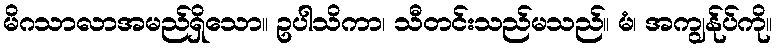
မိဂသာလာအမည်ရှိသော။ ဥပါသိကာ၊ သီတင်းသည်မသည်။ မံ၊ အကျွန်ုပ်ကို။